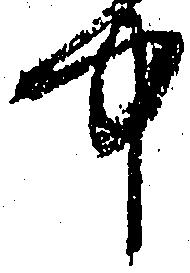
中